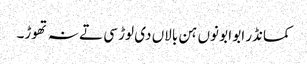
کمانڈر ابو ابو نوں ہن بالاں دی لوڑ سی تے نہ تھوڑ۔